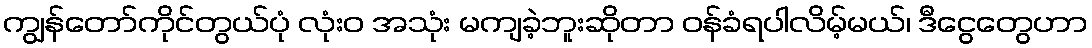
ကျွန်တော်ကိုင်တွယ်ပုံ လုံးဝ အသုံး မကျခဲ့ဘူးဆိုတာ ဝန်ခံရပါလိမ့်မယ်၊ ဒီငွေတွေဟာ